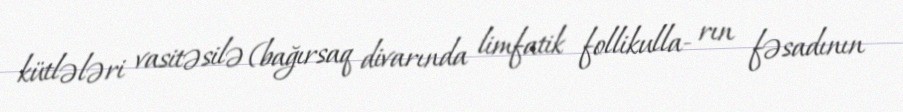
kütlələri vasitəsilə (bağırsaq divarında limfatik follikulla- rın fəsadının